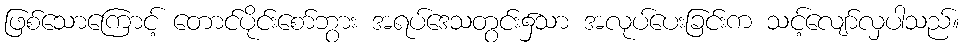
ဖြစ်သောကြောင့် တောင်ပိုင်းစော်ဘွား အရပ်ဒေသတွင်း၌သာ အလုပ်ပေးခြင်းက သင့်လျော်လှပါသည်။